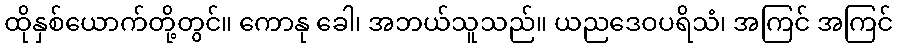
ထိုနှစ်ယောက်တို့တွင်။ ကောနု ခေါ၊ အဘယ်သူသည်။ ယညဒေဝပရိသံ၊ အကြင် အကြင်